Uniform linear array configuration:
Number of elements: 4
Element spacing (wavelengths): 1
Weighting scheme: hamming
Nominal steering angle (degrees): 60
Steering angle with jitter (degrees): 60.034
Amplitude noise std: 0.05
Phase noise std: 0.05

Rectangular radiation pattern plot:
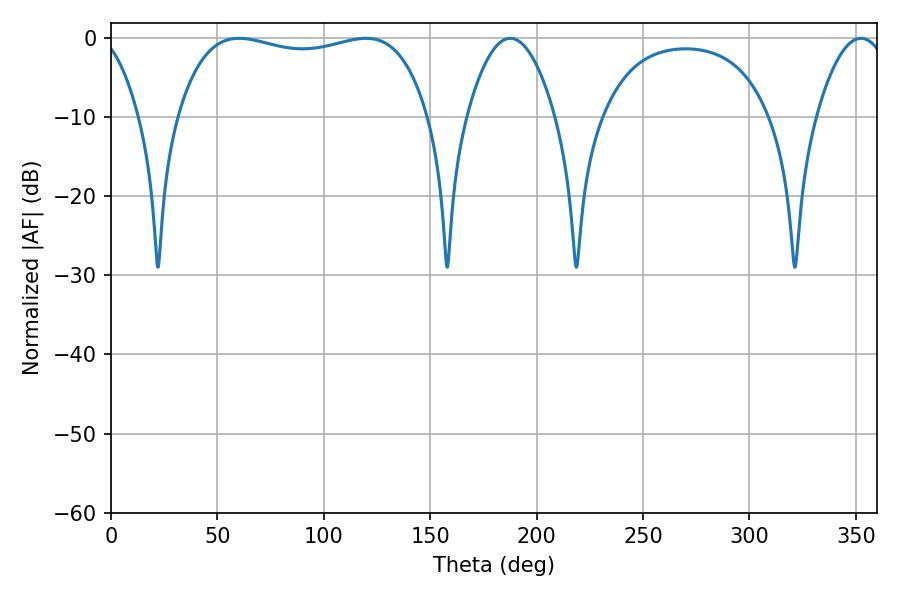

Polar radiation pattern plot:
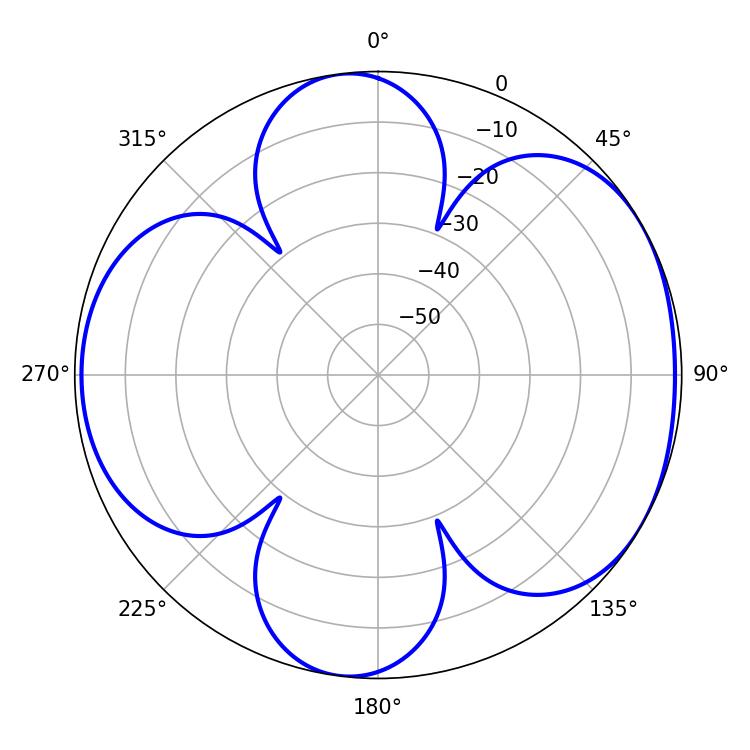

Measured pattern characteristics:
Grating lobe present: TRUE
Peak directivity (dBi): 5.46
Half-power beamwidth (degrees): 95.4
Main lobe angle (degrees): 60.12